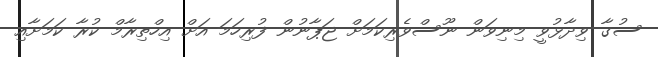
ސުގާ ވިދާޅުވީ މިނިވަން ނޫސްވެރިކަމަށް ޖަޕާނުން ފުރިހަމަ އަށް އިހްތިރާމް ކުރާ ކަމަށާއި